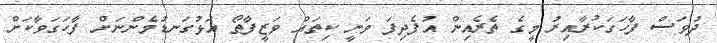
ދުވަސް ފާހަގަކުރާއިރު މީގެ ތެރެއިން އުފެދިފަ ވަނީ ކިތައް ވަޒީފާތޯ އަޅުގަނޑުމެންނަށް ފާހަގަވާކަށް